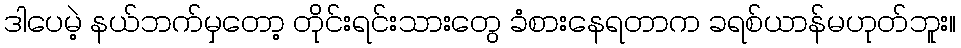
ဒါပေမဲ့ နယ်ဘက်မှတော့ တိုင်းရင်းသားတွေ ခံစားနေရတာက ခရစ်ယာန်မဟုတ်ဘူး။